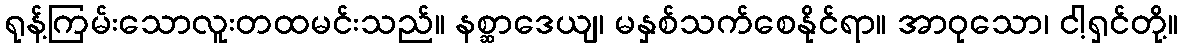
ရုန့်ကြမ်းသောလူးတထမင်းသည်။ နစ္ဆာဒေယျ၊ မနှစ်သက်စေနိုင်ရာ။ အာဝုသော၊ ငါ့ရှင်တို့။